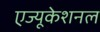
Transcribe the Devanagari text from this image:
एज्यूकेशनल